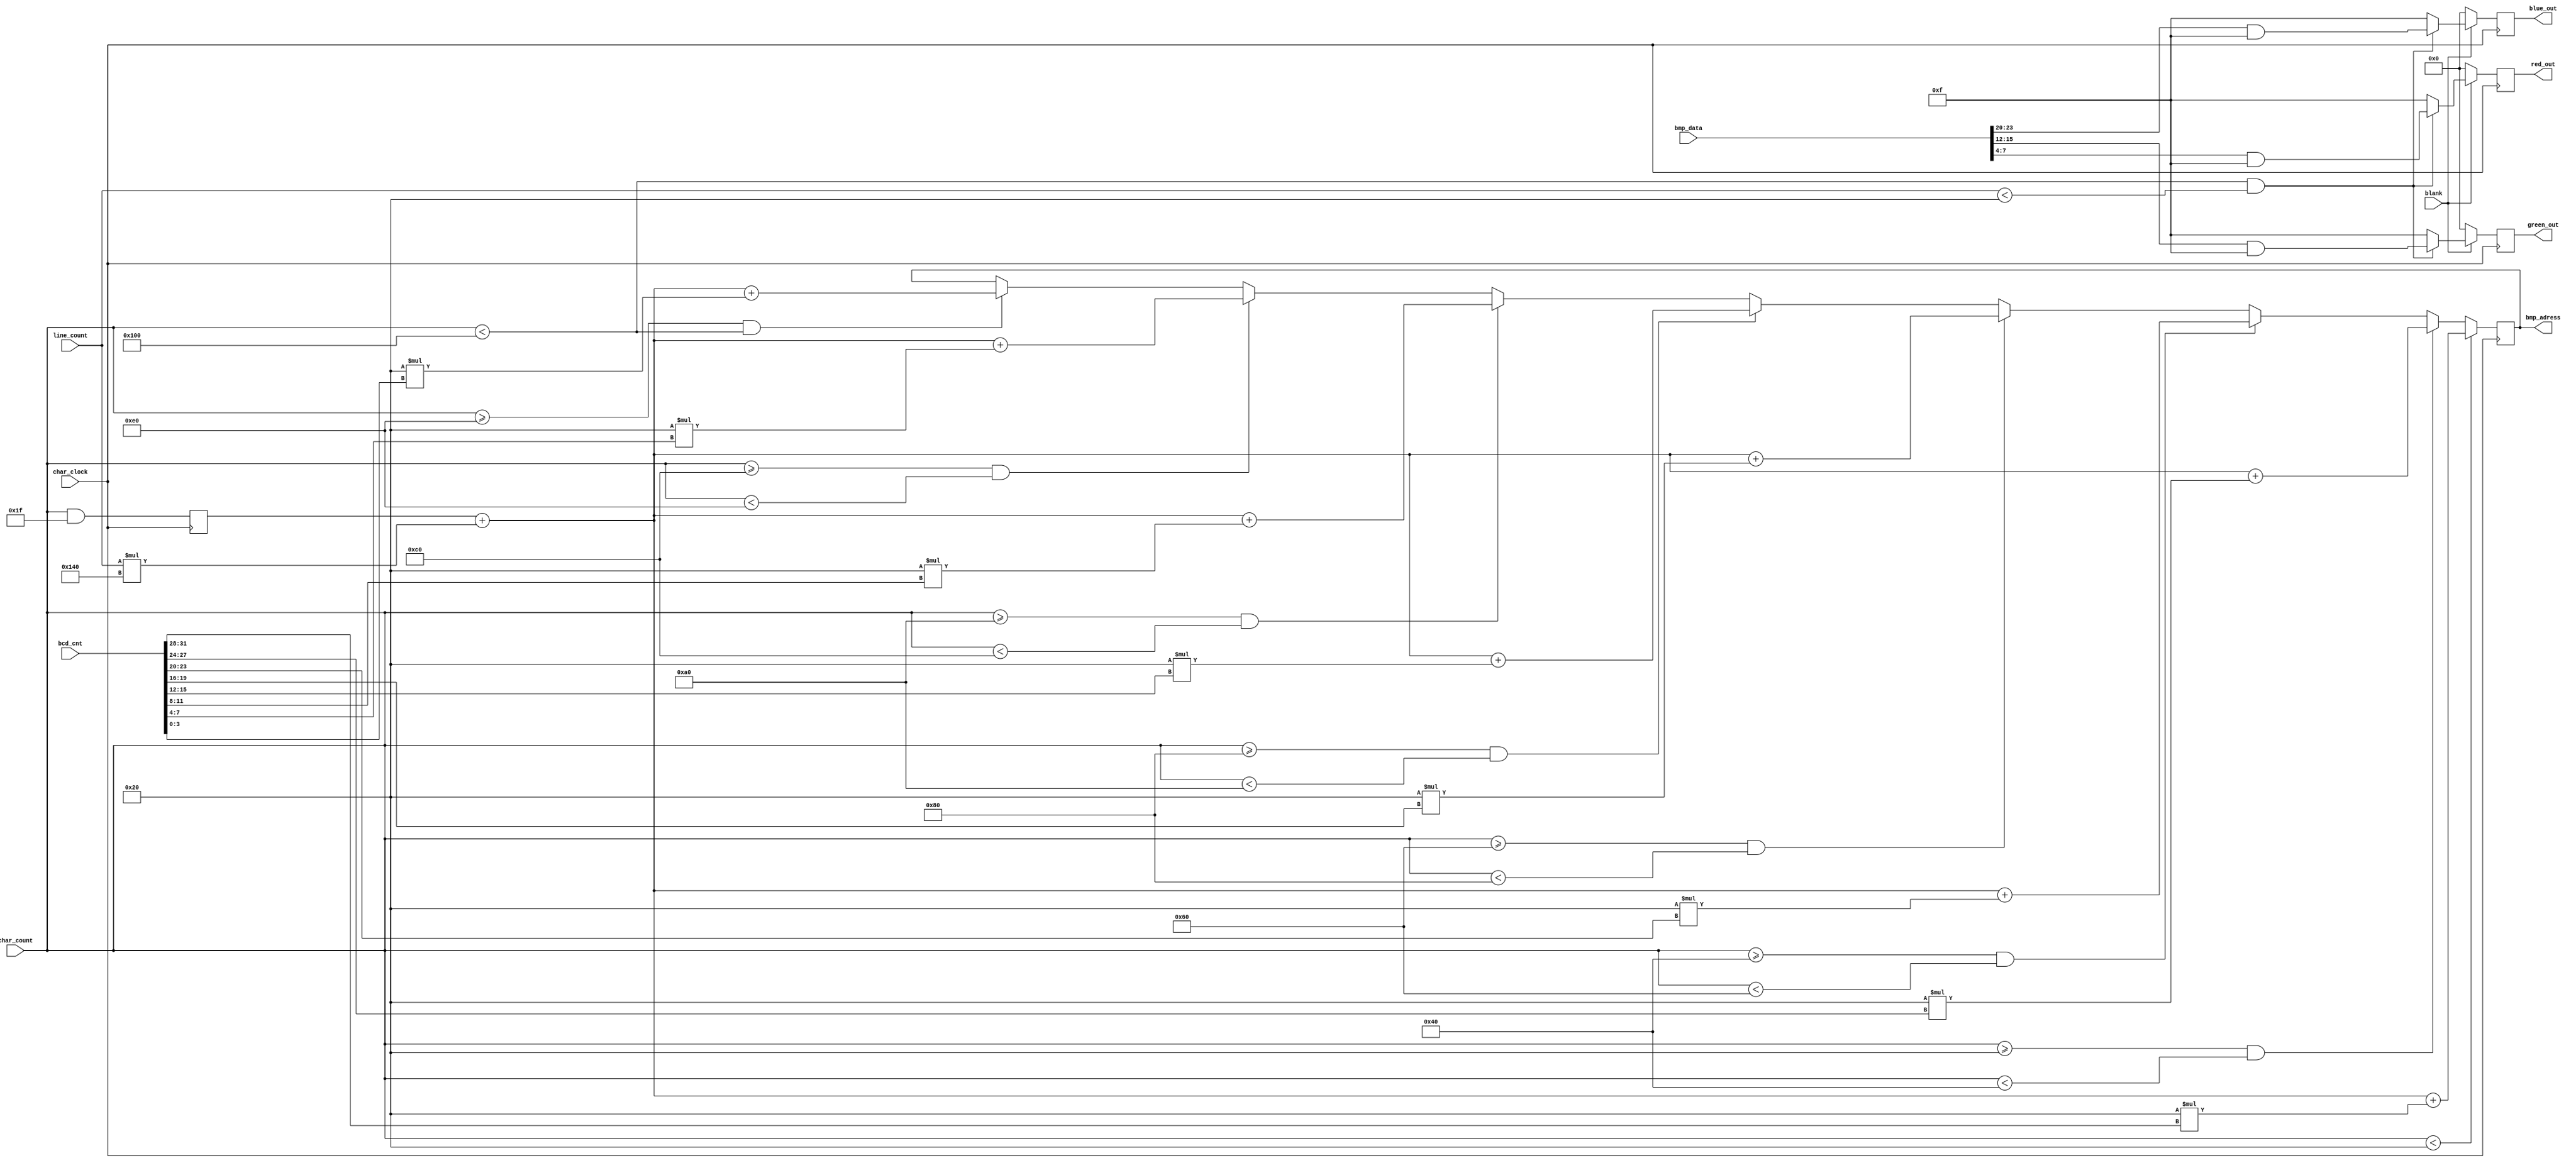
module pic_gen(
	//vga
	input [11:0]char_count,
	input [11:0]line_count,
	input wire blank,
	input wire char_clock,

	output reg [3:0]red_out,
	output reg [3:0]green_out,
	output reg [3:0]blue_out,

	//built-in memory
	input [23:0]bmp_data,
	output reg[13:0]bmp_adress,

	//counter input
	input [31:0]bcd_cnt
);

reg [31:0]loc_cnt;
reg [11:0]dx;
reg [11:0]dy;


// 
always @(posedge char_clock)
begin
//      32 
dx<=char_count & 5'b11111;

//   ,     
if(char_count<32)
	begin
	bmp_adress <= dx+line_count*320+32*bcd_cnt[31:28];
	end
else if(char_count>=32 && char_count<64)
	begin
	bmp_adress <= dx+line_count*320+32*bcd_cnt[27:24];
	end
else if(char_count>=64 && char_count<96)
	begin
	bmp_adress <= dx+line_count*320+32*bcd_cnt[23:20];
	end
else if(char_count>=96 && char_count<128)
	begin
	bmp_adress <= dx+line_count*320+32*bcd_cnt[19:16];
	end
else if(char_count>=128 && char_count<160)
	begin
	bmp_adress <= dx+line_count*320+32*bcd_cnt[15:12];
	end
else if(char_count>=160 && char_count<192)
	begin
	bmp_adress <= dx+line_count*320+32*bcd_cnt[11:8];
	end
else if(char_count>=192 && char_count<224)
	begin
	bmp_adress <= dx+line_count*320+32*bcd_cnt[7:4];
	end
else if(char_count>=224 && char_count<256)
	begin
	bmp_adress <= dx+line_count*320+32*bcd_cnt[3:0];
	end

// 
//  ,   	
if(blank==0)
	begin
	blue_out <= 0;
	green_out <= 0;
	red_out <= 0;
	end
//  0,256,0,32   
else
	begin
	if(char_count<256 && line_count<32)
		begin
		blue_out <= (bmp_data >> 20) & 8'b00001111;
		green_out <= (bmp_data >> 12) & 8'b00001111;
		red_out <= (bmp_data >> 4) & 8'b00001111;
		end
//  
	else
		begin
		blue_out <= 4'b1111;
		green_out <= 4'b1111;
		red_out <= 4'b1111;
		end
	end
end

endmodule